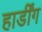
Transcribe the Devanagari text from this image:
हार्डींग